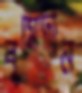
বুমেদীন